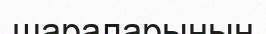
шараларынын